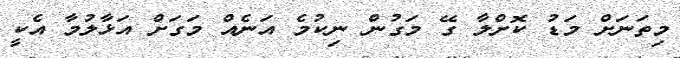
މިތަނަށް މަޑު ކޮށްލާ ގޭ މަގުން ނިކުމެ އަނެއް މަގަށް އަޅާލުމާ އެކީ